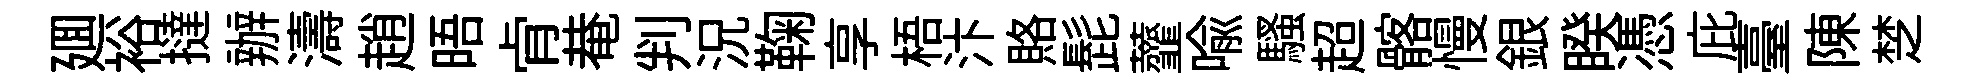
廽裕撻辦濤趙晤肻𤲅判況鞠享梧汴賂髭虀喩騷超髂慢銀睽憑庇臺陳椘